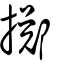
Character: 擲